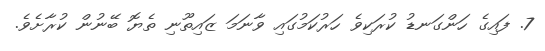
7. ފައިގެ ހަންގަނޑު ކުރަކިވެ ހަރުކަމުގައި ވާނަމަ ޒައިތޫނި ތެޔޮ ބޭނުން ކުރާށެވެ.